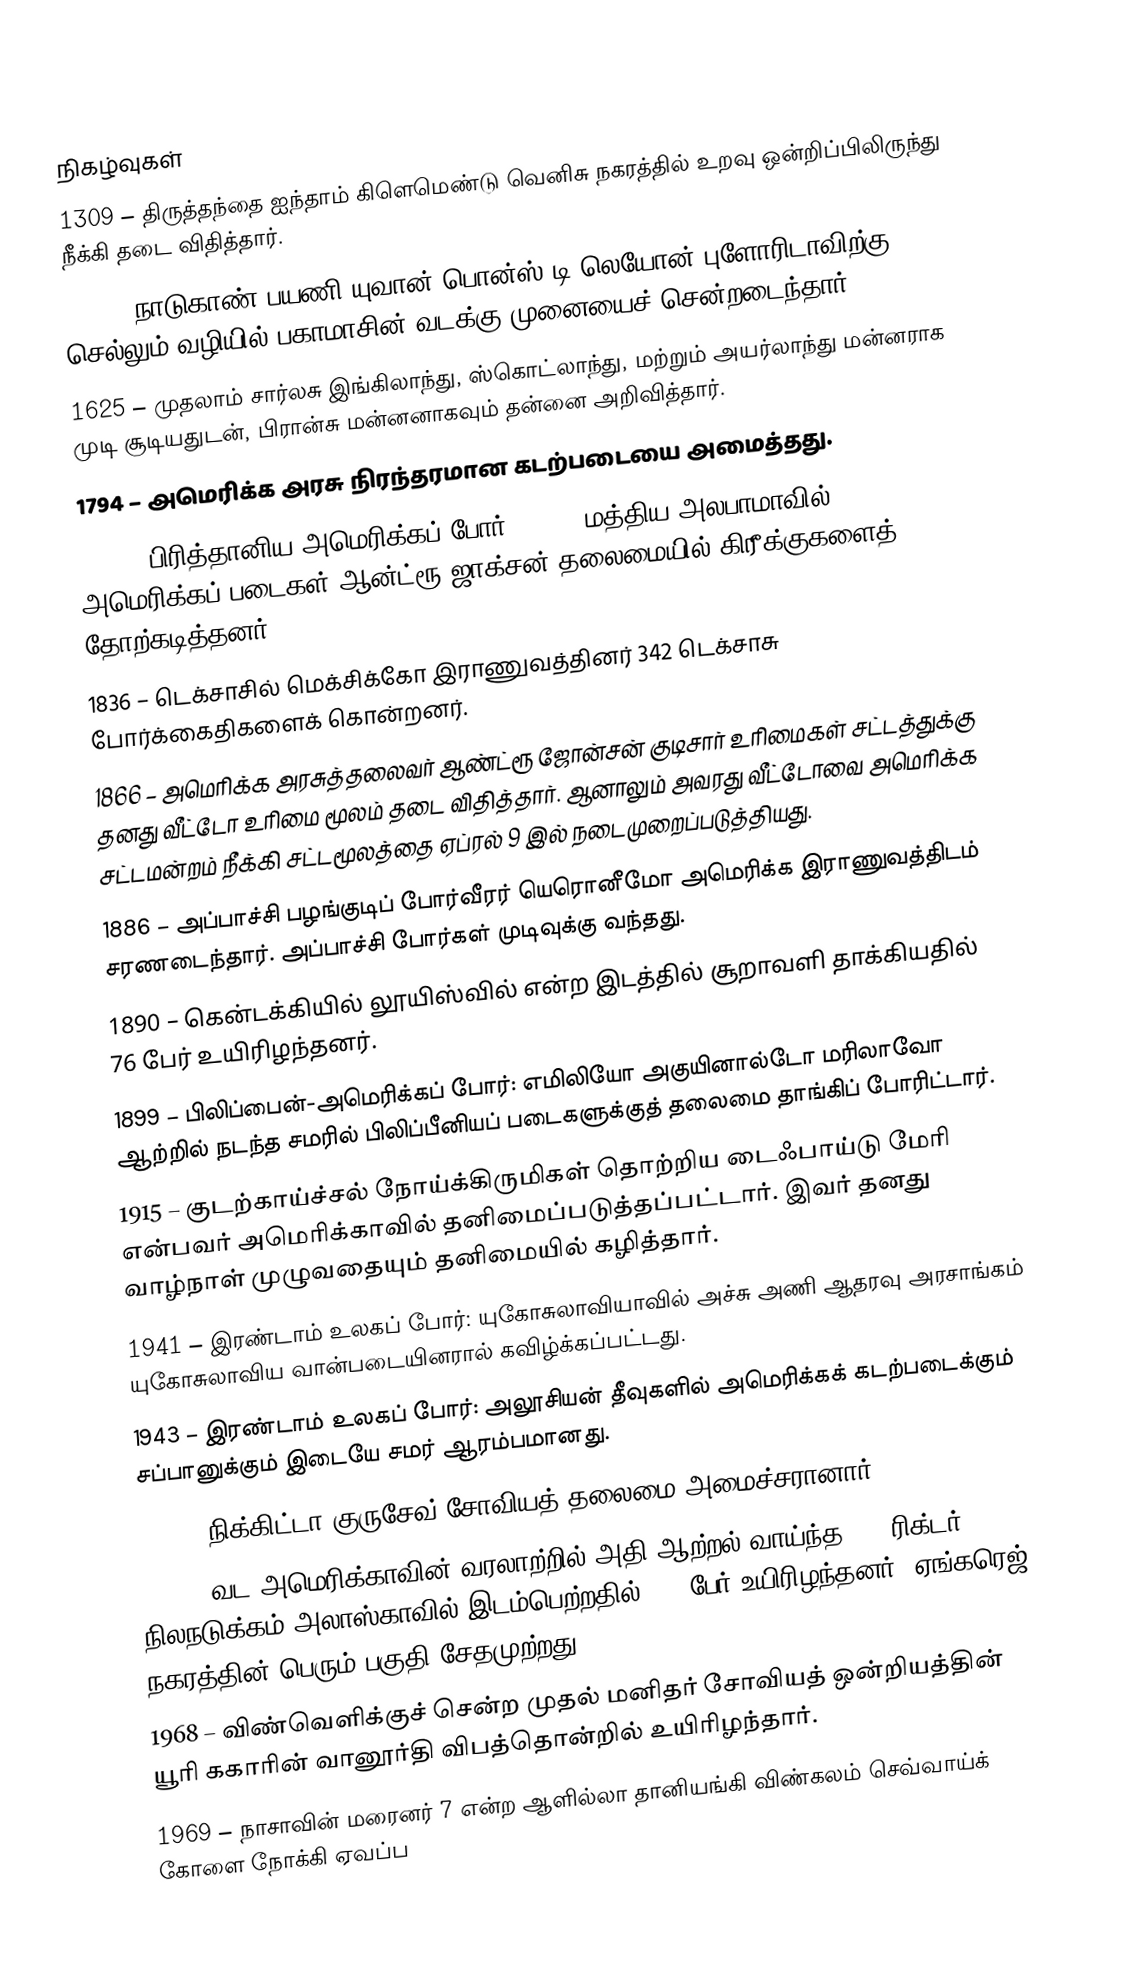

நிகழ்வுகள்
1309 – திருத்தந்தை ஐந்தாம் கிளெமெண்டு வெனிசு நகரத்தில் உறவு ஒன்றிப்பிலிருந்து நீக்கி தடை விதித்தார்.
1513 – நாடுகாண் பயணி யுவான் பொன்ஸ் டி லெயோன் புளோரிடாவிற்கு செல்லும் வழியில் பகாமாசின் வடக்கு முனையைச் சென்றடைந்தார்.
1625 – முதலாம் சார்லசு இங்கிலாந்து, ஸ்கொட்லாந்து, மற்றும் அயர்லாந்து மன்னராக முடி சூடியதுடன், பிரான்சு மன்னனாகவும் தன்னை அறிவித்தார்.
1794 – அமெரிக்க அரசு நிரந்தரமான கடற்படையை அமைத்தது.
1814 – பிரித்தானிய அமெரிக்கப் போர், 1812: மத்திய அலபாமாவில், அமெரிக்கப் படைகள் ஆன்ட்ரூ ஜாக்சன் தலைமையில் கிரீக்குகளைத் தோற்கடித்தனர்.
1836 – டெக்சாசில் மெக்சிக்கோ இராணுவத்தினர் 342 டெக்சாசு போர்க்கைதிகளைக் கொன்றனர்.
1866 – அமெரிக்க அரசுத்தலைவர் ஆண்ட்ரூ ஜோன்சன் குடிசார் உரிமைகள் சட்டத்துக்கு தனது வீட்டோ உரிமை மூலம் தடை விதித்தார். ஆனாலும் அவரது வீட்டோவை அமெரிக்க சட்டமன்றம் நீக்கி சட்டமூலத்தை ஏப்ரல் 9 இல் நடைமுறைப்படுத்தியது.
1886 – அப்பாச்சி பழங்குடிப் போர்வீரர் யெரொனீமோ அமெரிக்க இராணுவத்திடம் சரணடைந்தார். அப்பாச்சி போர்கள் முடிவுக்கு வந்தது.
1890 – கென்டக்கியில் லூயிஸ்வில் என்ற இடத்தில் சூறாவளி தாக்கியதில் 76 பேர் உயிரிழந்தனர்.
1899 – பிலிப்பைன்-அமெரிக்கப் போர்: எமிலியோ அகுயினால்டோ மரிலாவோ ஆற்றில் நடந்த சமரில் பிலிப்பீனியப் படைகளுக்குத் தலைமை தாங்கிப் போரிட்டார்.
1915 – குடற்காய்ச்சல் நோய்க்கிருமிகள் தொற்றிய டைஃபாய்டு மேரி என்பவர் அமெரிக்காவில் தனிமைப்படுத்தப்பட்டார். இவர் தனது வாழ்நாள் முழுவதையும் தனிமையில் கழித்தார்.
1941 – இரண்டாம் உலகப் போர்: யுகோசுலாவியாவில் அச்சு அணி ஆதரவு அரசாங்கம் யுகோசுலாவிய வான்படையினரால் கவிழ்க்கப்பட்டது.
1943 – இரண்டாம் உலகப் போர்: அலூசியன் தீவுகளில் அமெரிக்கக் கடற்படைக்கும் சப்பானுக்கும் இடையே சமர் ஆரம்பமானது.
1958 – நிக்கிட்டா குருசேவ் சோவியத் தலைமை அமைச்சரானார்.
1964 – வட அமெரிக்காவின் வரலாற்றில் அதி ஆற்றல் வாய்ந்த 9.2 ரிக்டர் நிலநடுக்கம் அலாஸ்காவில் இடம்பெற்றதில் 125 பேர் உயிரிழந்தனர். ஏங்கரெஜ் நகரத்தின் பெரும் பகுதி சேதமுற்றது.
1968 – விண்வெளிக்குச் சென்ற முதல் மனிதர் சோவியத் ஒன்றியத்தின் யூரி ககாரின் வானூர்தி விபத்தொன்றில் உயிரிழந்தார்.
1969 – நாசாவின் மரைனர் 7 என்ற ஆளில்லா தானியங்கி விண்கலம் செவ்வாய்க் கோளை நோக்கி ஏவப்ப